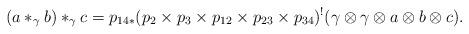
LaTeX: \begin{align*}(a*_\gamma b)*_\gamma c=p_{14*}(p_2\times p_3\times p_{12}\times p_{23}\times p_{34})^!(\gamma\otimes \gamma\otimes a\otimes b\otimes c).\end{align*}